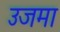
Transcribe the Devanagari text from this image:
उजमा